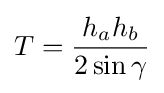
T={\frac {h_{a}h_{b}}{2\sin \gamma }}